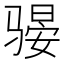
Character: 𫘫